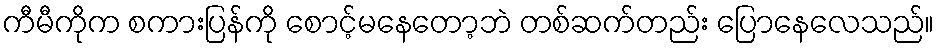
ကီမီကိုက စကားပြန်ကို စောင့်မနေတော့ဘဲ တစ်ဆက်တည်း ပြောနေလေသည်။